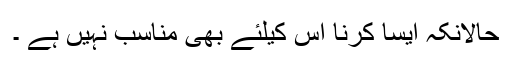
حالانکہ ایسا کرنا اس کیلئے بھی مناسب نہیں ہے ۔